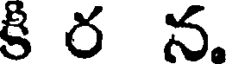
కి ర న.